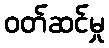
ဝတ်ဆင်မှု